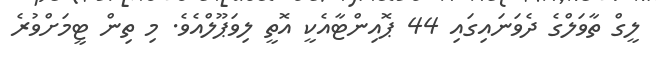
ލީގް ތާވަލްގެ ދެވަނައިގައި 44 ޕޮއިންޓާއެކީ އޮތީ ލިވަޕޫލްއެވެ. މި ތިން ޓީމަށްވުރެ